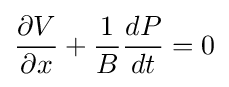
{\frac {\partial V}{\partial x}}+{\frac {1}{B}}{\frac {dP}{dt}}=0